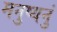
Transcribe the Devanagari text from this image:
मनुष्यनुं